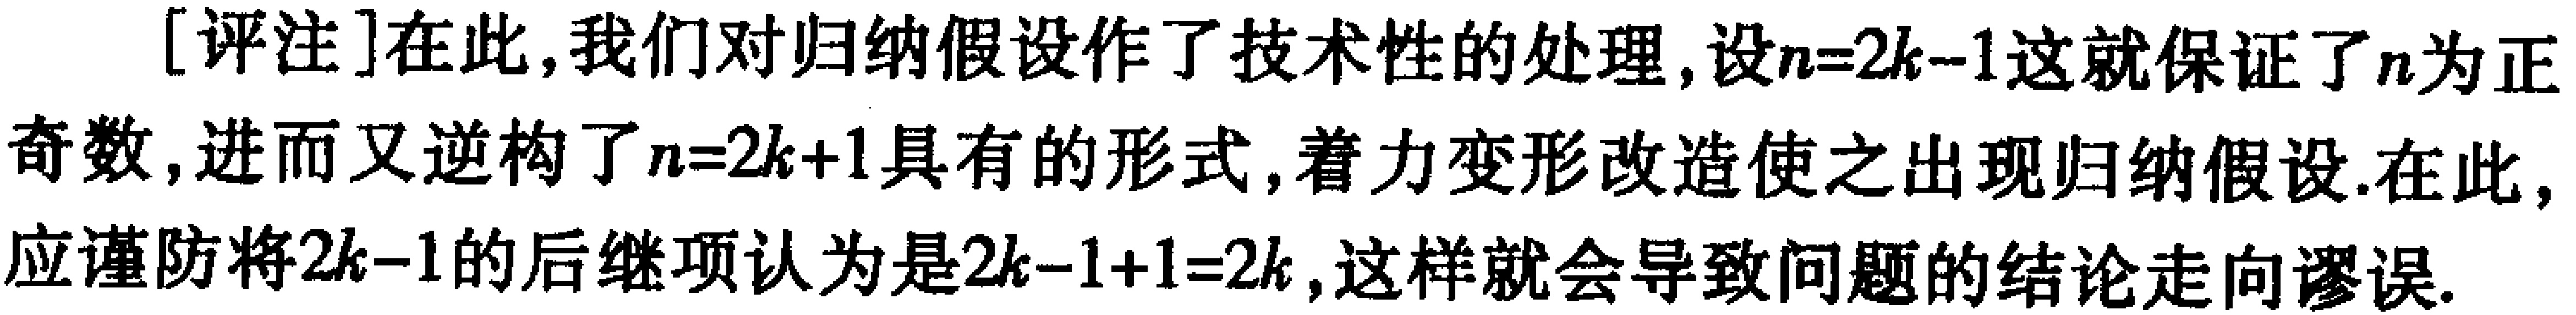
[评注]在此,我们对归纳假设作了技术性的处理,设\(n = 2k - 1\)这就保证了\(n\)为正奇数,进而又逆构了\(n = 2k + 1\)具有的形式,着力变形改造使之出现归纳假设.在此,应谨防将\(2k - 1\)的后继项认为是\(2k - 1 + 1 = 2k\),这样就会导致问题的结论走向谬误.